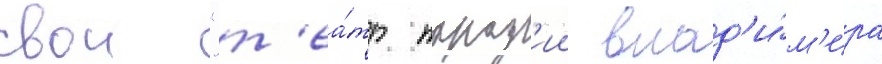
свои "т'еа́тр парод'ии влад'и́м'ира